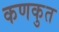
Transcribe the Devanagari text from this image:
कणकुत